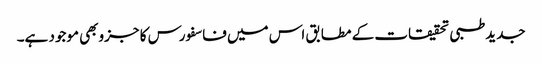
جدیدطبی تحقیقات کے مطابق اس میں فاسفورس کا جزوبھی موجود ہے۔